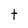
Character: t